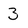
Character: 3